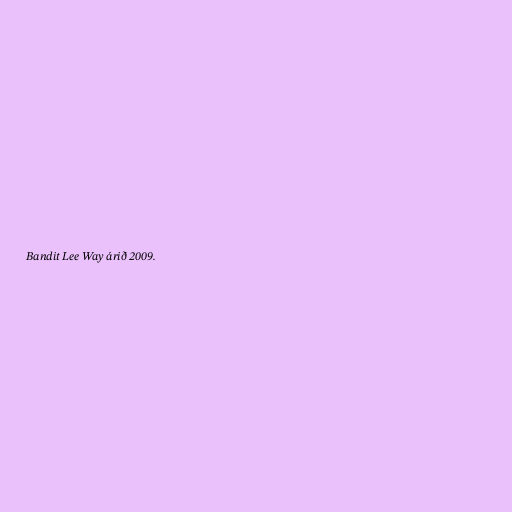
Bandit Lee Way árið 2009.